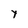
Character: Y